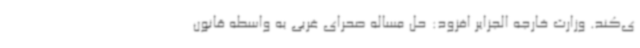
ی‌کند. وزارت خارجه الجزایر افزود: حل مساله صحرای غربی به واسطه قانون